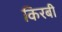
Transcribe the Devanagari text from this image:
किरबी